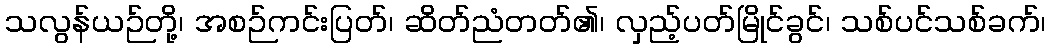
သလွန်ယဉ်တို့၊ အစဉ်ကင်းပြတ်၊ ဆိတ်ညံတတ်၏၊ လှည့်ပတ်မြိုင်ခွင်၊ သစ်ပင်သစ်ခက်၊